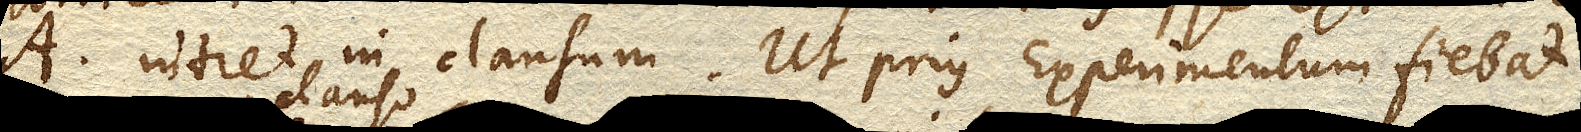
A. intret in clausum. Ut prius Experimentum fiebat